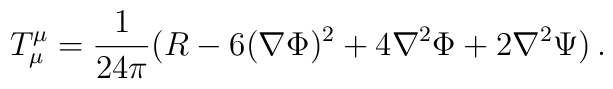
T_{\mu }^{\mu }=\frac{1}{24\pi }(R-6(\nabla \Phi )^{2}+4\nabla ^{2}\Phi +2\nabla ^{2}\Psi )\,.